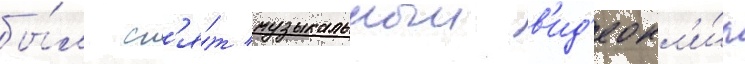
бы́л сн'я́т музыкальныи в'ид'еокл'и́п